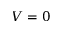
V = 0